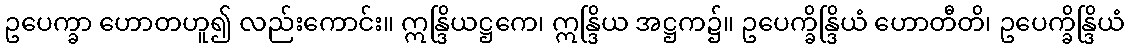
ဥပေက္ခာ ဟောတဟူ၍ လည်းကောင်း။ ဣန္ဒြိယဋ္ဌကေ၊ ဣန္ဒြိယ အဋ္ဌက၌။ ဥပေက္ခိန္ဒြိယံ ဟောတီတိ၊ ဥပေက္ခိန္ဒြိယံ